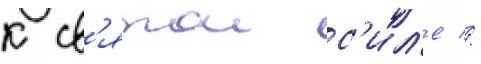
к св'ятои с'ил'е //